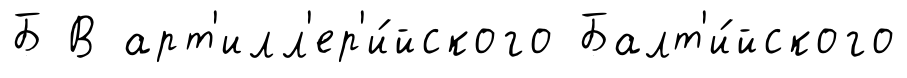
Б В арт'илл'ер'и́йского Балт'и́йского